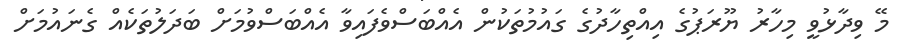
މޭ ވިދާޅުވީ މިހާރު ޔޫރަޕުގެ އިއްތިހާދުގެ ގައުމުތަކުން އެއްބަސްވެފައިވާ އެއްބަސްވުމަށް ބަދަލުތަކެއް ގެނައުމަށް